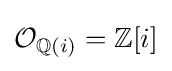
{\mathcal {O}}_{\mathbb {Q} (i)}=\mathbb {Z} [i]